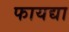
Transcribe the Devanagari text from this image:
फायद्या